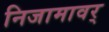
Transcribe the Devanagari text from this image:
निजामावर्